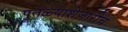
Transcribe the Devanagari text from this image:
पुतळ्याशेजारीच